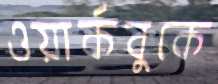
ওয়ার্কবুকে